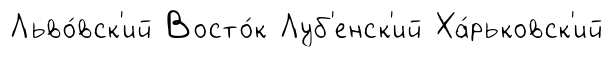
Льво́вск'ий Восто́к Луб'енск'ий Ха́рьковск'ий